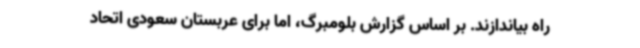
راه بیاندازند. بر اساس گزارش بلومبرگ، اما برای عربستان سعودی اتحاد